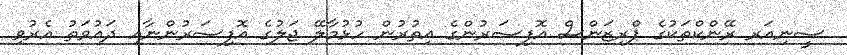
ސީނިއަރ ރޭންކްތަކުގެ ޕްރިޒަންސް އޮފިސަރުންގެ އިތުރުން ހުޅުމާލޭ ޖަލުގެ އޮފިސަރުންނާއި ދައުވަތު އެރުވި